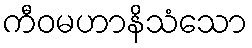
ကီဝမဟာနိသံသော